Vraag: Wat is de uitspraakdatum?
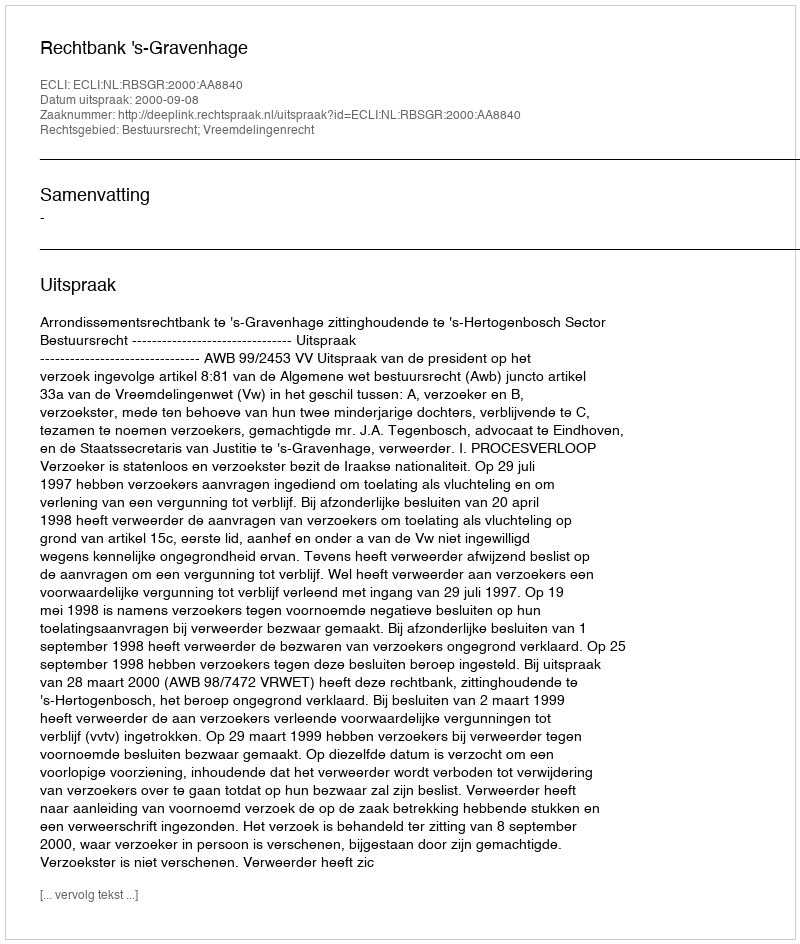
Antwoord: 2000-09-08